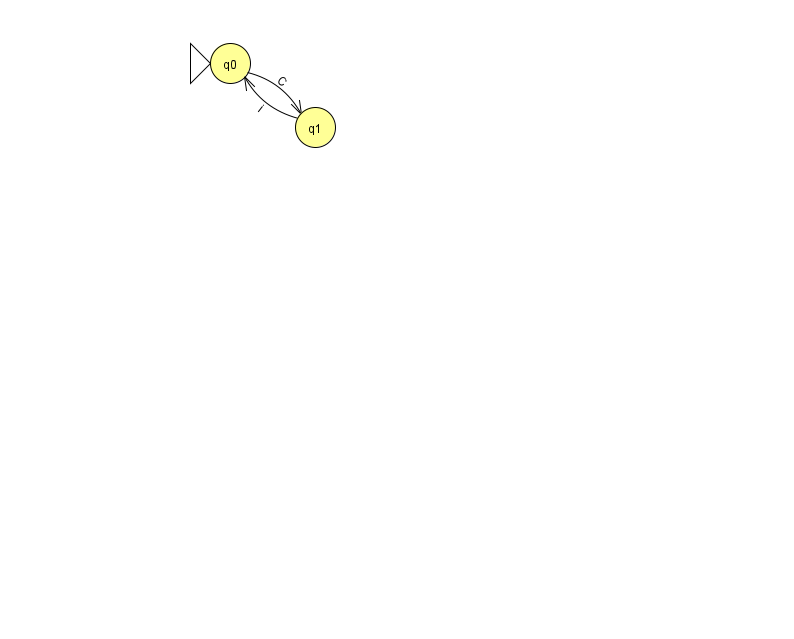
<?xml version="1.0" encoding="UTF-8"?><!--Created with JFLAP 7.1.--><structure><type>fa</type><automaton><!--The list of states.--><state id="0" name="q0"><x>230.0</x><y>50.0</y><initial/></state><state id="1" name="q1"><x>315.0</x><y>114.0</y></state><!--The list of transitions.--><transition><from>1</from><to>0</to><read>i</read></transition><transition><from>0</from><to>1</to><read>C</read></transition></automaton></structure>